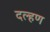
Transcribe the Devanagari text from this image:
दल्हण